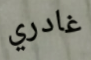
غادري